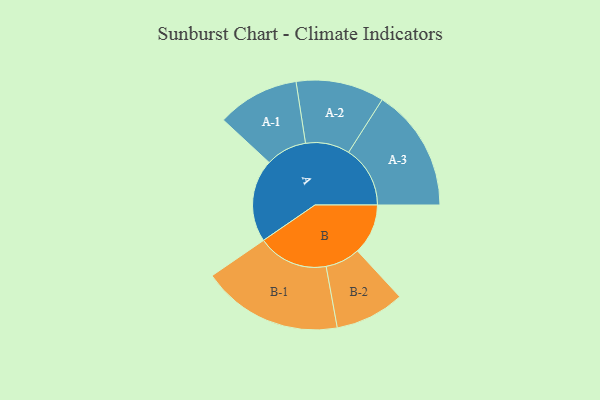
{"axis": {"x": "Segment", "y": "Value"}, "legend": ["", "A", "B"], "data": [{"x": "A", "y": 324, "type": ""}, {"x": "B", "y": 198, "type": ""}, {"x": "A-1", "y": 161, "type": "A"}, {"x": "A-2", "y": 173, "type": "A"}, {"x": "A-3", "y": 241, "type": "A"}, {"x": "B-1", "y": 276, "type": "B"}, {"x": "B-2", "y": 136, "type": "B"}]}